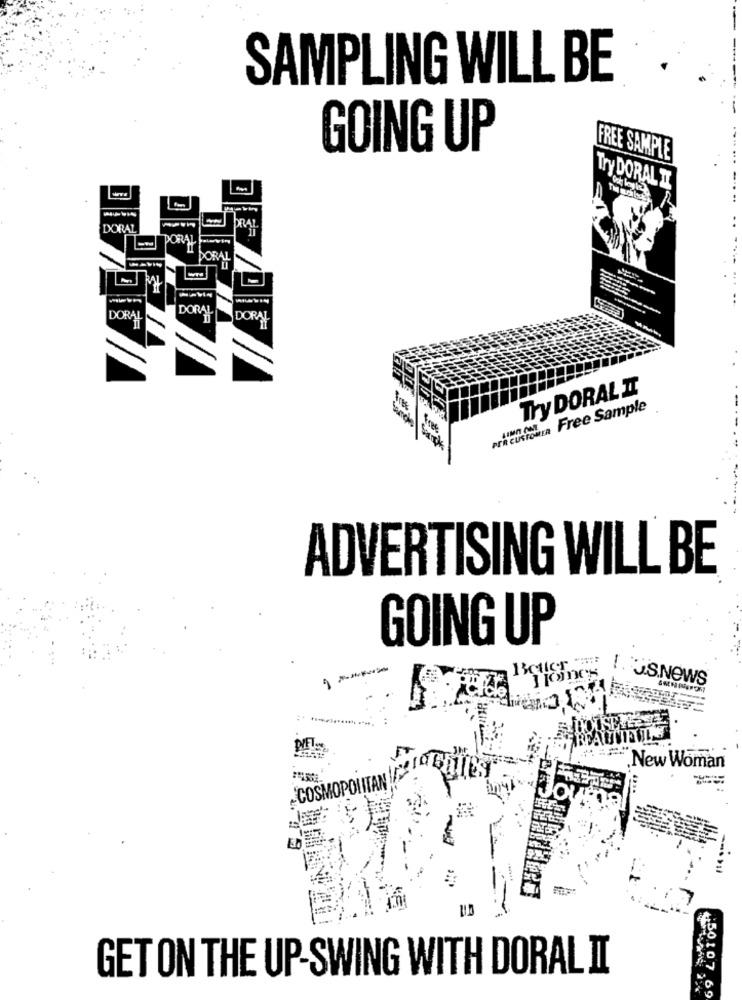
SAMPLING WILL BE
GOING UP
FREE SAMPLE
Try DORAL II
DORAL
ORAL
DORAL
DORAL
RA
--
DORAL
DORAL
DORA
Try DORAL IT
Free Sample
PER CUSTOMER
LIMO ONE
ADVERTISING WILL BE
GOING UP
Beller.
T. J.S.NEWS
.New Woman
COSMOPOLITAN !
Journal
ED
GET ON THE UP-SWING WITH DORAL II
450107.69